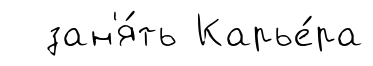
зан'я́ть Карье́ра